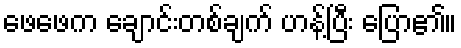
ဖေဖေက ချောင်းတစ်ချက် ဟန့်ပြီး ပြော၏။